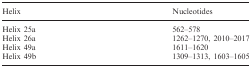
<table><thead><tr><td><b>Helix</b></td><td><b>Nucleotides</b></td></tr></thead><tbody><tr><td>Helix 25a</td><td>562–578</td></tr><tr><td>Helix 26a</td><td>1262–1270, 2010–2017</td></tr><tr><td>Helix 49a</td><td>1611–1620</td></tr><tr><td>Helix 49b</td><td>1309–1313, 1603–1605</td></tr></tbody></table>